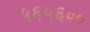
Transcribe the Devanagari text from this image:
५६५६००